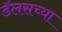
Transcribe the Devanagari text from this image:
डॅलसच्या